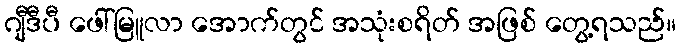
ဂျီဒီပီ ဖေါ်မြူလာ အောက်တွင် အသုံးစရိတ် အဖြစ် တွေ့ရသည်။